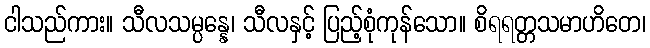
ငါသည်ကား။ သီလသမ္ပန္နေ၊ သီလနှင့် ပြည့်စုံကုန်သော။ စိရရတ္တသမာဟိတေ၊